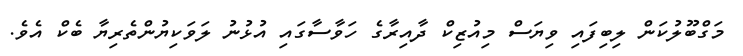
މަގްބޫލުކަން ލިބިފައި ވިޔަސް މިއުޒިކް ދާއިރާގެ ހަވާސާގައި އުޅުނު ލަވަކިޔުންތެރިޔާ ބެކް އެވެ.